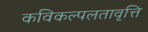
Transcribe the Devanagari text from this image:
कविकल्पलतावृत्ति